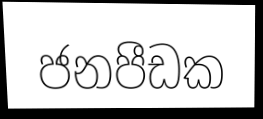
ජනපීඩක